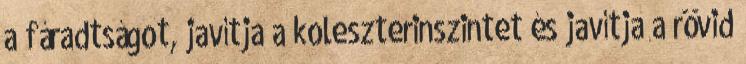
a fáradtságot, javítja a koleszterinszintet és javítja a rövid